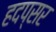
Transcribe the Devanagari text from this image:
हदप्सर